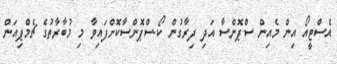
އެސްޓީއޯ އިން މެއިން ސްޕޮންސާ އަދި ދިރާގުން ކޯ-ސްޕޮންސާކޮށްފައިވާ މި މުބާރާތުގެ ޗެމްޕިއަން